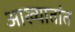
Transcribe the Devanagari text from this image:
आख्यातांत